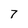
Character: 7